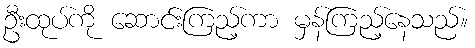
ဦးထုပ်ကို ဆောင်းကြည့်ကာ မှန်ကြည့်နေသည်။